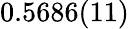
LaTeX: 0.5686(11)